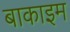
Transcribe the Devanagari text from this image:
बाकाइम